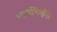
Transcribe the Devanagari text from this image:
भाषाभिवृद्धि